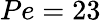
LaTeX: Pe=23